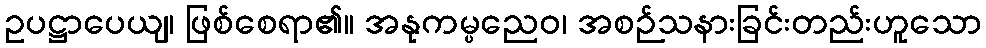
ဥပဋ္ဌာပေယျ၊ ဖြစ်စေရာ၏။ အနုကမ္ပညေဝ၊ အစဉ်သနားခြင်းတည်းဟူသော